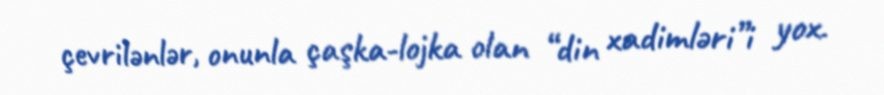
çevrilənlər, onunla çaşka-lojka olan “din xadimləri”i yox.